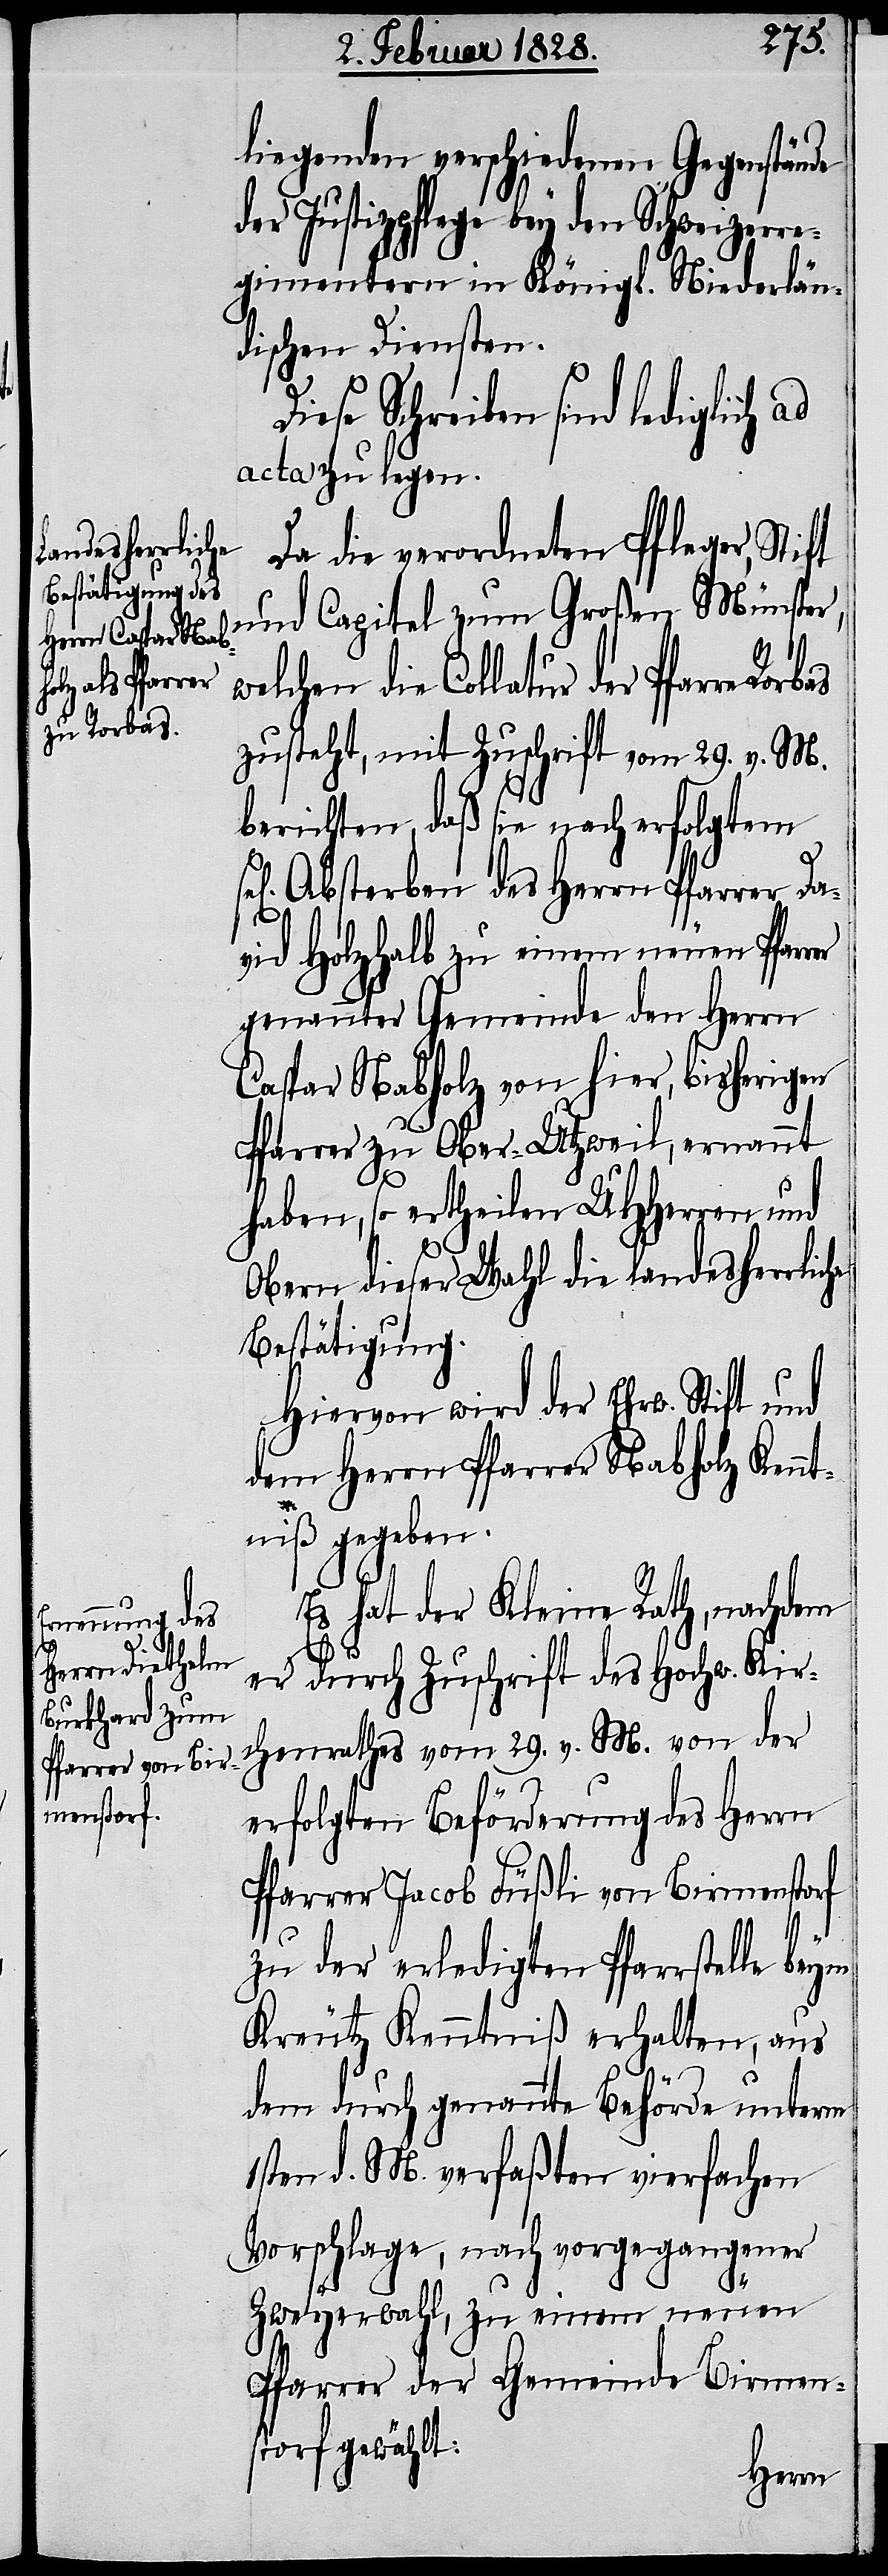
liegenden verschiedenen Gegenstände
der Justizpflege bey den Schweizerre¬
gimentern in Königl. Niederlän¬
dischen Diensten.
Schreiben sind lediglich
acta zu legen.
Da die verordneten Pfleger, Stift
und Capitel zum Großen Münster,
elchen die Collatur der Pfarre
zusteht, mit Zuschrift vom 29. v. M.
berichten, daß sie nach erfolgtem
Absterben des Herrn Pfarrer Da¬
vid Holzhalb zu einem neuen Pfar¬
genannter Gemeinde den Herrn
Caspar Nabholz von hier, bisherigen
Pfarrer zu Ober-Utzweil, ernannt
haben, so ertheilen UHHerren und
Obern dieser Wahl die landesherrliche
Bestätigung.
Hiervon wird der Ehrw. Stift und
dem Herrn Pfarrer Nabholz Kennt¬
niß gegeben.
Es hat der Kleine Rath, nachdem
er durch Zuschrift des Hochw. Kir¬
chenrathes vom 29. v. M. von der
erfolgten Beförderung des Herrn
Pfarrer Jacob Füßli von Birmenstorf
zu der erledigten Pfarrstelle beym
Kreutz Kenntniß erhalten, aus
dem durch genannte Behörde unterm
1sten d. M. verfaßten vierfachen
Vorschlage, nach vorgegangener
rer
Zweyerwahl, zu einem neuen
Pfarrer der Gemeinde Birmen¬
storf gewählt: